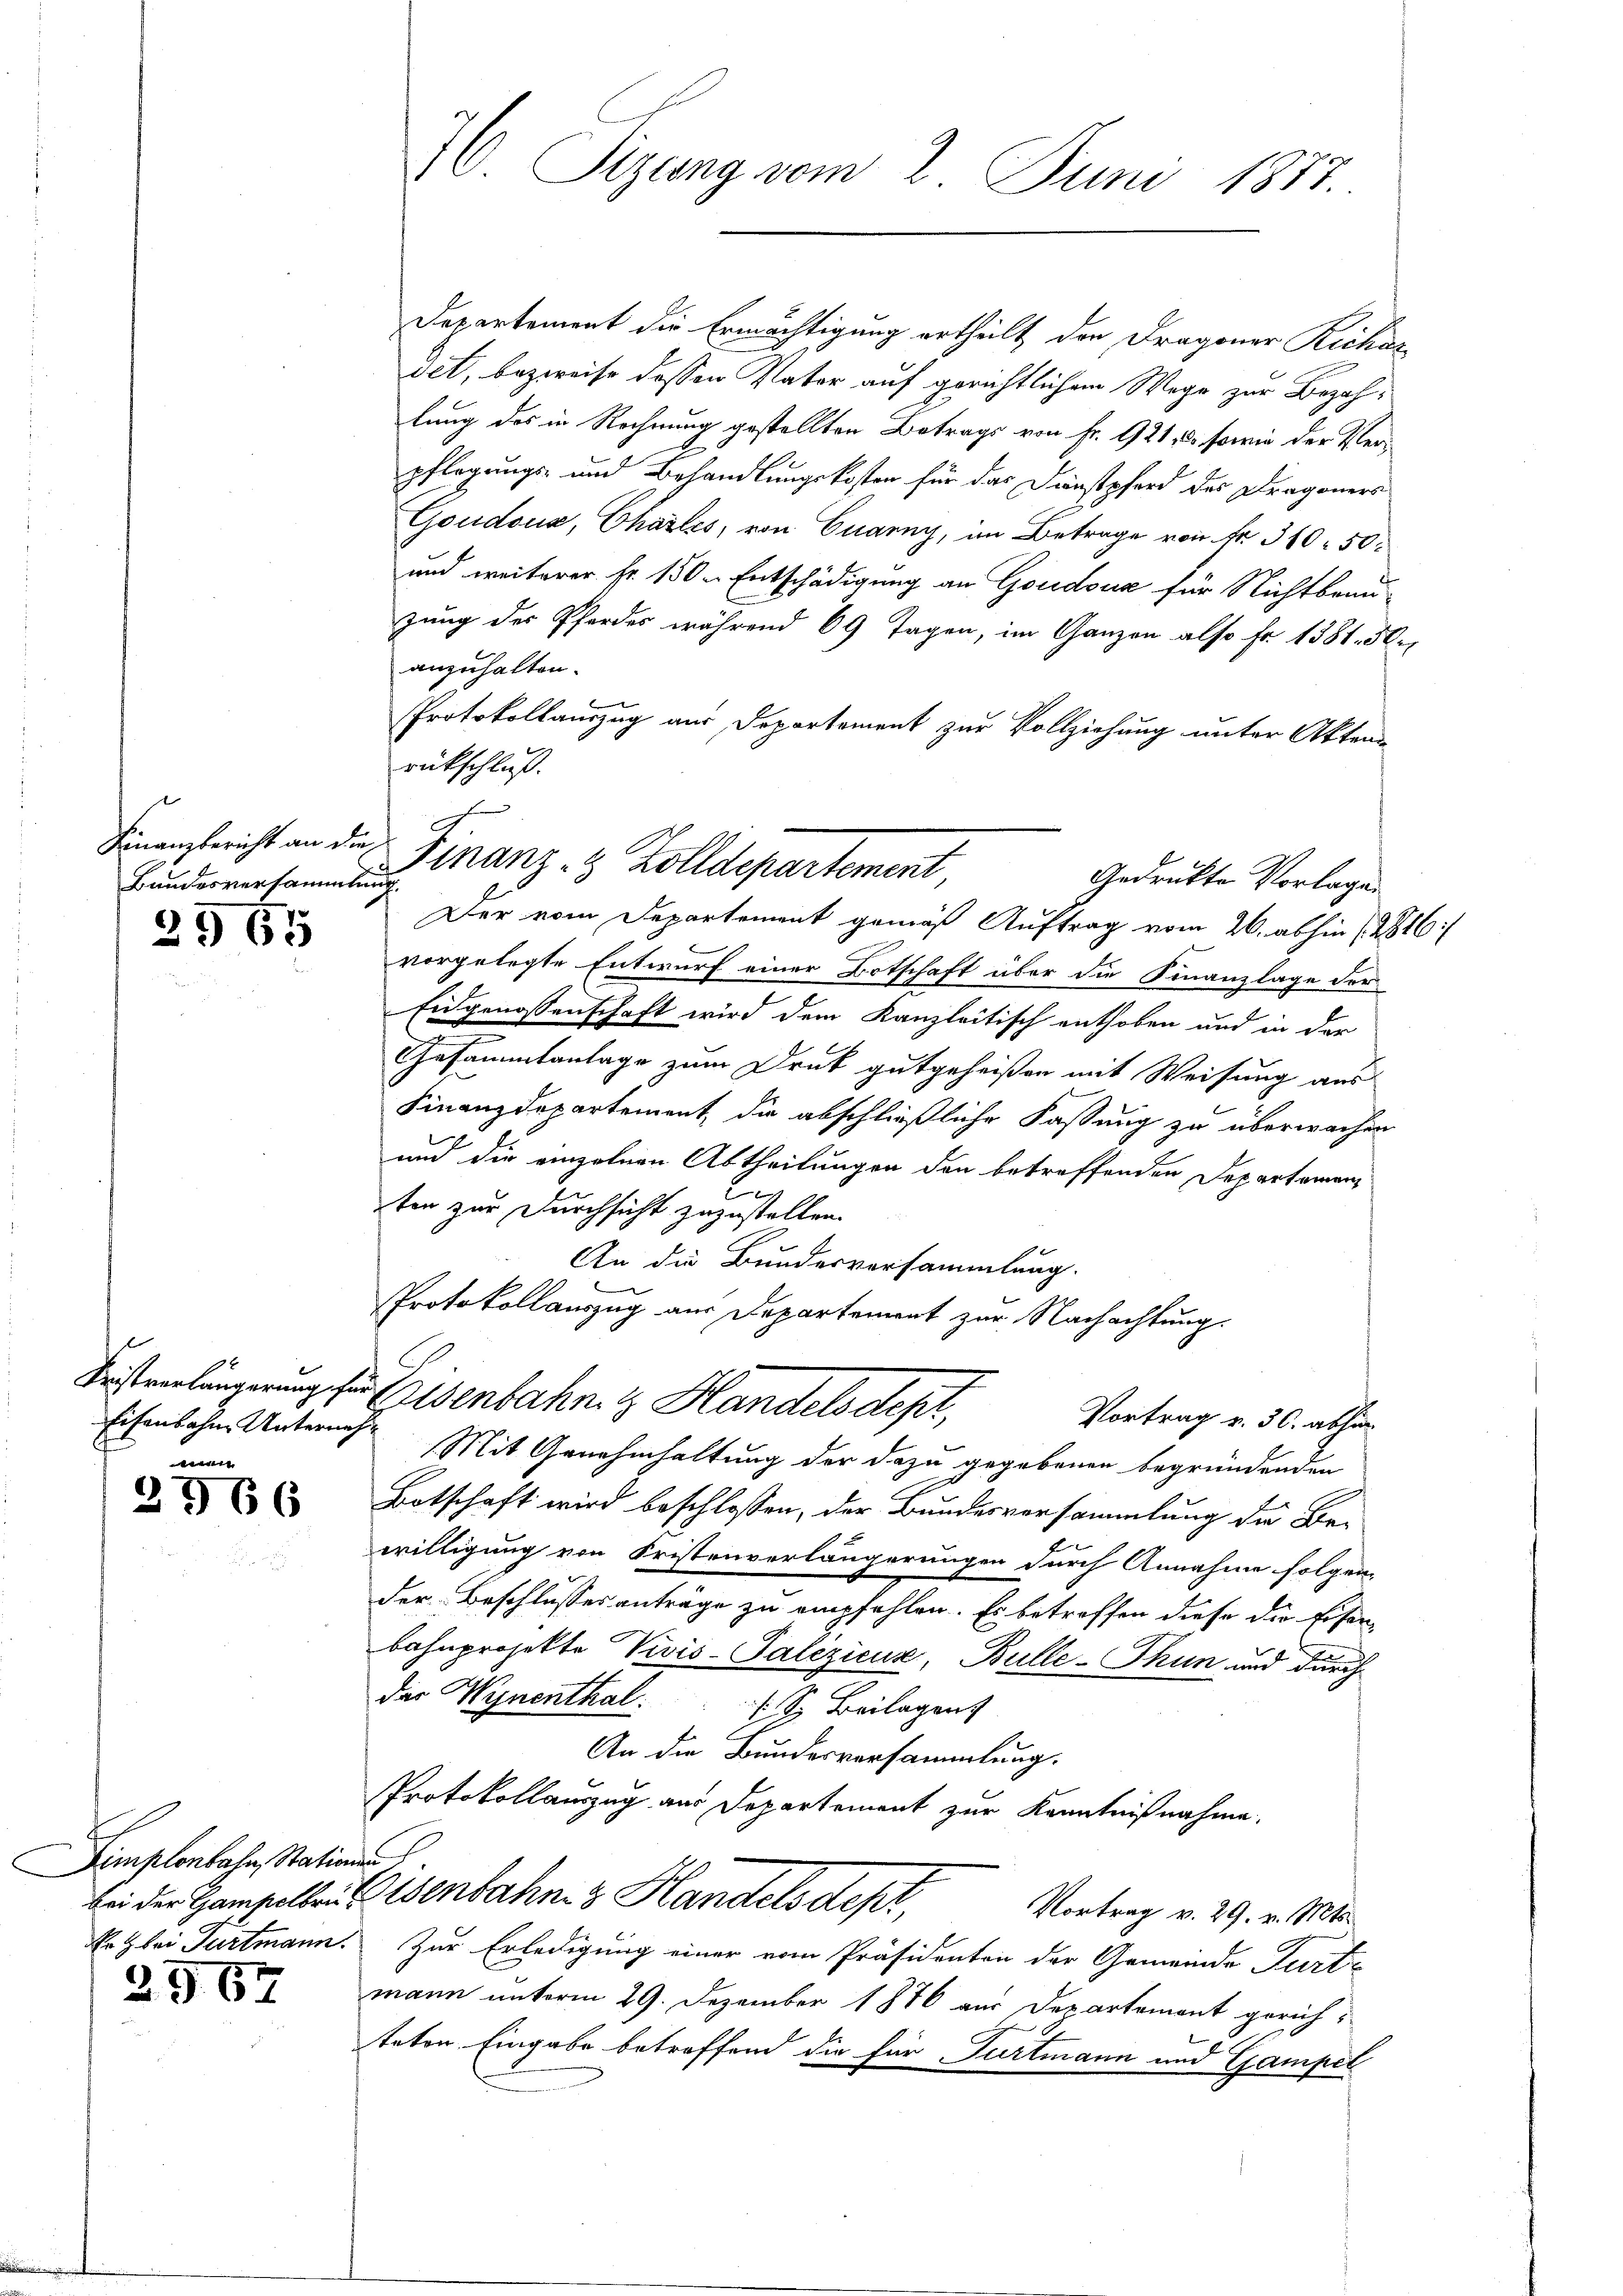
d
Bundesversammlung
2965

Eisenbahne Unternehm
d

2966

Fimplonbahn, Stationen
Er bei Turtmann.

2967

76 Sizung vom 2. Juni 1877.

Departement die Ermächtigung ertheilt den Dragoner Richar
det, bezweife dessen Vater auf gerichtlichem Wege zur Bezahlung des in Rechnung gestellten Betrags von Fr. 921, 10 sowie der Verpflegungs- und Behandlungskosten für das Dienstpferd des Dragoners
Goudsua, Charles, von Cuarny, im Betrage von Fr. 310 50
und weiterer Fr. 150. Entschädigung an Goudoua für Nichtbrunzung der Pferdes während 69 Tagen, im Ganzen also fr. 1381. Hr.
anzuhalten.
Protokollauszug aus Departement zur Vollziehung unter Akten
rückschluß.
Der vom Departement gemäß Auftrag vom 26. abhin (2816
vorgelegte Entwurf einer Ortschaft über die Finanzlage der
Eidgenossenschaft wird dem Kanzleitisch enthoben und in der
Gesammtanlage zum Druck gutgeheißen mit Weisung aus
Finanzdepartement, die abschließliche Fassung zu überwachen
l
und die einzelnen Abtheilungen den betreffenden Departemenbe
ten zur Durchsicht zuzustellen.
An die Bundesversammlung.
Protokollauszug aus Departement zur Nachachtung.
Festenlängerung zur Eisenbahn & Handels depr
Vortrag v. 30. abhin
Mit Genehmhaltung der dazu gegebenen begründenden
Botschaft wird beschlossen, der Bundesversammlung der Be-
willigung von Fristenverlängerungen durch Annahme folgen,
der Beschlusses anträge zu empfehlen. Es betroffen diese die Eisen
bahnprojekte Vivis-Palezicuz Bulle-Thun und durch
der Wynenthal. S. Beilagent
An die Bundesversammlung.
Protokollauszug aus Departement zur Kenntnißnahme.
bei der Hampelben Eisenbahn 3 Handels dept,
Vortrag v. 29. v. Mts.
Zur Erledigung einer vom Präsidenten der Gemeinde Turte
mann unterm 29. Dezember 1876 aus Departement gerichteten Eingabe betroffend die für Furtmann und Gampel

Finanzbericht an die Finanz- & Zolldepartement
Gedrükte Vorlage